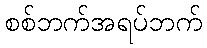
စစ်ဘက်အရပ်ဘက်